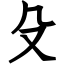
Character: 殳